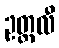
ဥတ္တလီ